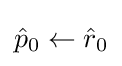
{\hat {p}}_{0}\leftarrow {\hat {r}}_{0}